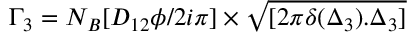
\Gamma _ { 3 } = N _ { B } [ D _ { 1 2 } \phi / { 2 i \pi } ] \times { \sqrt { [ 2 \pi \delta ( \Delta _ { 3 } ) . \Delta _ { 3 } ] } }